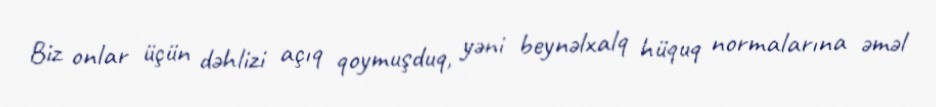
Biz onlar üçün dəhlizi açıq qoymuşduq, yəni beynəlxalq hüquq normalarına əməl